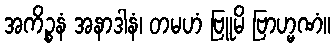
အကိဉ္စနံ အနာဒါနံ၊ တမဟံ ဗြူမိ ဗြာဟ္မဏံ။